Scientific memoirs by medical officers of the Army of India - Part I,
Year: 1884
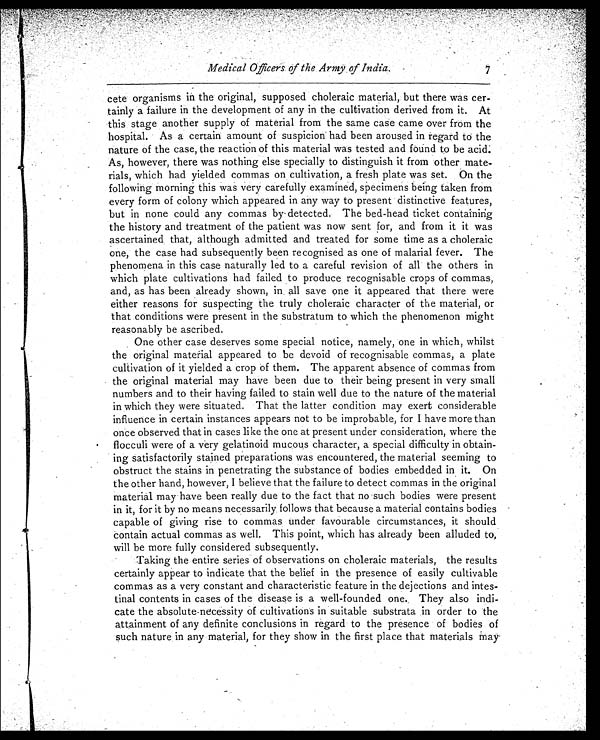
Medical Officers of the Army of India.
cete organisms in the original, supposed choleraic material, but there was cer-
tainly a failure in the development of any in the cultivation derived from it. At
this stage another supply of material from the same case came over from the
hospital. As a certain amount of suspicion had been aroused in regard to the
nature of the case, the reaction of this material was tested and found to be acid
. As, however, there was nothing else specially to distinguish it from other mate
-rials, which had yielded commas on cultivation, a fresh plate was set. On the
following morning this was very carefully examined, specimens being taken from
every form of colony which appeared in any way to present distinctive features,
but in none could any commas by detected. The bed-head ticket containing
the history and treatment of the patient was now sent for, and from it it was
ascertained that, although admitted and treated for some time as a choleraic
one, the case had subsequently been recognised as one of malarial fever. The
phenomena in this case naturally led to a careful revision of all the others in
which plate cultivations had failed to produce recognisable crops of commas,
and, as has been already shown, in all save one it appeared that there were
either reasons for suspecting the truly choleraic character of the material, or
that conditions were present in the substratum to which the phenomenon might
reasonably be ascribed.
One other case deserves some special notice, namely, one in which, whilst
the original material appeared to be devoid of recognisable commas, a plate
cultivation of it yielded a crop of them. The apparent absence of commas from
the original material may have been due to their being present in very small
numbers and to their having failed to stain well due to the nature of the material
in which they were situated. That the latter condition may exert considerable
influence in certain instances appears not to be improbable, for I have more than
once observed that in cases like the one at present under consideration, where the
flocculi were of a very gelatinoid mucous character, a special difficulty in obtain-
ing satisfactorily stained preparations was encountered, the material seeming to
obstruct the stains in penetrating the substance of bodies embedded in it. On
the other hand, however, I believe that the failure to detect commas in the original
material may have been really due to the fact that no such bodies were present
in it, for it by no means necessarily follows that because a material contains bodies
capable of giving rise to commas under favourable circumstances, it should
contain actual commas as well. This point, which has already been alluded to,
will be more fully considered subsequently.
Taking the entire series of observations on choleraic materials, the results
certainly appear to indicate that the belief in the presence of easily cultivable
commas as a very constant and characteristic feature in the dejections and intes-
tinal contents in cases of the disease is a well-founded one. They also indi-
-cate the absolute-necessity of cultivations in suitable substrata in order to the
attainment of any definite conclusions in regard to the presence of bodies of
such nature in any material, for they show in the first place that materials may
7